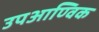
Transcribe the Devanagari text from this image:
उपआण्विक